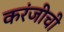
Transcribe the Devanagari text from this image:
करंजीची